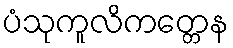
ပံသုကူလိကတ္တေန